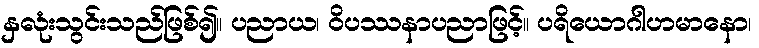
နှလုံးသွင်းသည်ဖြစ်၍။ ပညာယ၊ ဝိပဿနာပညာဖြင့်။ ပရိယောဂါဟမာနော၊